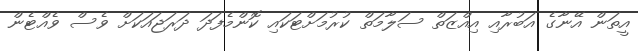
އީތަން އޭނާގެ އަބުރާއި އިއްޒަތް ސަލާމަތް ކުރުމަށްޓަކައި ކޮންމެފަދަ ދަރަޖައަކަށް ވެސް ވެއްޓެން